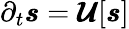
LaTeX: \begin{array}{r}{\partial_{t}\pmb{s}=\pmb{\mathcal{U}}[\pmb{s}]}\end{array}